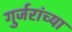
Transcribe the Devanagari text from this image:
गुर्जरांच्या